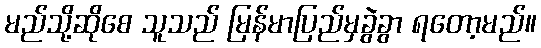
မည်သို့ဆိုစေ သူသည် မြန်မာပြည်မှခွဲခွာ ရတော့မည်။